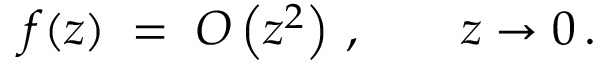
f ( z ) \; = \; O \left( z ^ { 2 } \right) \, , \qquad z \to 0 \, .